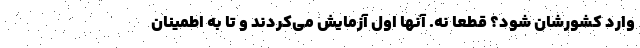
وارد کشورشان شود؟ قطعا نه. آنها اول آزمایش می‌کردند و تا به اطمینان